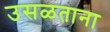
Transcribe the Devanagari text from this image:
उसळताना